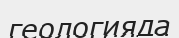
геологияда